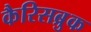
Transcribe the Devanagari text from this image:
कैरिसब्रुक